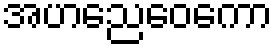
အဟညေဝေကော